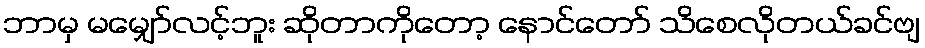
ဘာမှ မမျှော်လင့်ဘူး ဆိုတာကိုတော့ နောင်တော် သိစေလိုတယ်ခင်ဗျ